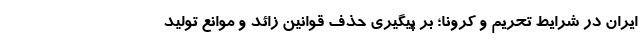
ایران در شرایط تحریم و کرونا؛ بر پیگیری حذف قوانین زائد و موانع تولید